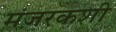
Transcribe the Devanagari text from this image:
मंज़रकशी